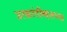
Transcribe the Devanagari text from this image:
उत्क्रांतीबद्दलच्या